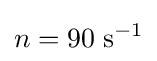
n=90\;{\text{s}}^{-1}